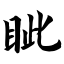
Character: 眦